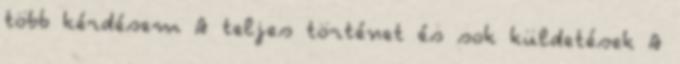
több kérdésem A teljes történet és sok küldetések A